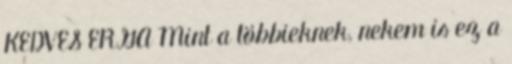
KEDVES ERGA Mint a többieknek, nekem is ez a